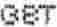
GST